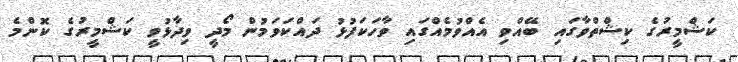
ކަޝްމީރުގެ ކިޝްތްވާގައި ބޭއްވި އެއްވުމެއްގައި ވާހަކަފުޅު ދައްކަވަމުން މޯދީ ވިދާޅުވީ ކަޝްމީރުގެ ކޮންމެ